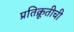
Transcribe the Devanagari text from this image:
प्रतिक्रूतीची